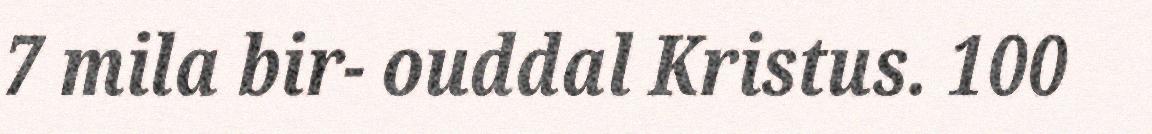
7 mila bir- ouddal Kristus. 100